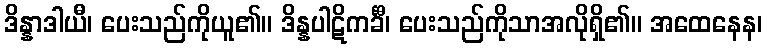
ဒိန္နာဒါယီ၊ ပေးသည်ကိုယူ၏။ ဒိန္နပါဋိကင်္ခီ၊ ပေးသည်ကိုသာအလိုရှိ၏။ အထေနေန၊